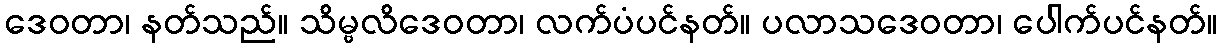
ဒေဝတာ၊ နတ်သည်။ သိမ္ဗလိဒေဝတာ၊ လက်ပံပင်နတ်။ ပလာသဒေဝတာ၊ ပေါက်ပင်နတ်။